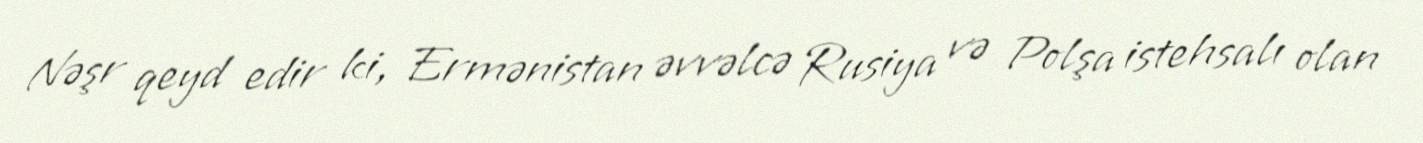
Nəşr qeyd edir ki, Ermənistan əvvəlcə Rusiya və Polşa istehsalı olan